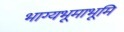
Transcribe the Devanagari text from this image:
भाग्यभूमाभूमि